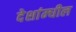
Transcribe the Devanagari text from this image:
देशांम्धील